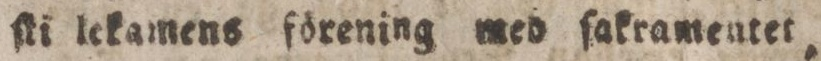
ſti lekamens förening med ſakramentet,